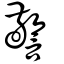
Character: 警